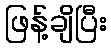
ဖြန့်ချိပြီး